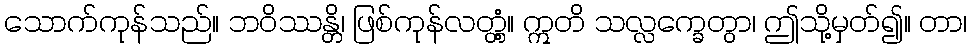
သောက်ကုန်သည်။ ဘဝိဿန္တိ၊ ဖြစ်ကုန်လတ္တံ့။ ဣတိ သလ္လက္ခေတွာ၊ ဤသို့မှတ်၍။ တာ၊